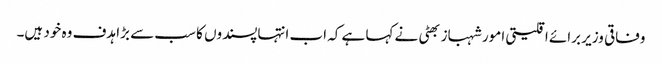
وفاقی وزیر برائے اقلیتی امور شہباز بھٹی نے کہا ہے کہ اب انتہاپسندوں کا سب سے بڑا ہدف وہ خود ہیں۔